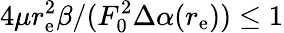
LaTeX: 4\mu r_{\mathrm{e}}^{2}\beta/(F_{0}^{2}\Delta\alpha(r_{\mathrm{e}}))\leq 1